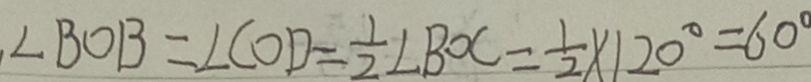
\angle B O B = \angle C O D = \frac { 1 } { 2 } \angle B O C = \frac { 1 } { 2 } \times 1 2 0 ^ { \circ } = 6 0 ^ { \circ }